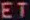
ET